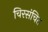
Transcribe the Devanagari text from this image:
चिरसंचित